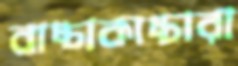
বাচ্চাকাচ্চারা